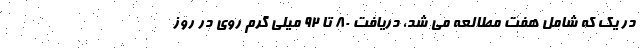
در یک که شامل هفت مطالعه می شد، دریافت 80 تا 92 میلی گرم روی در روز